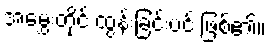
အမွှေးတိုင် ထွန်းခြင်းပင် ဖြစ်၏။